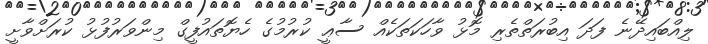
ލިއްބައިދޭނެ ފަދަ އިބުރަތްތެރި މޮޅު ވާހަކަތަކެއް ސާޢީ ކުރުމުގެ ހެޔޮތައުފީގް މިންވަރުފުޅު ކުރަށްވާށީ